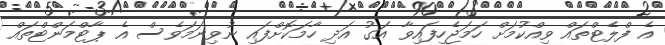
އެ ފްލެޓްތައް ވިއްކުމަށް ހަމަޖެހިފައިވާ އަގު އަދި ހާމަކޮށްފައި ނުވިނަމަވެސް އެ ޕާޓްމަންޓްތައް